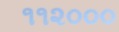
૧૧૨૦૦૦